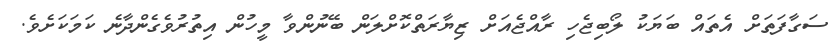
ސަގާފަތަށް އެތައް ބަޔަކު ލޯބިޖެހި ރާއްޖެއަށް ޒިޔާރަތްކޮށްލަން ބޭނުންވާ މީހުން އިތުރުވެގެންދާނެ ކަމަކަށެވެ.